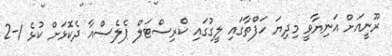
ރޫނީއަށް އަނިޔާވީ މިދިޔަ ހަފްތާގައި ލީގުގައި ކްރިސްޓަލް ޕެލެސްއާ ދެކޮޅަށް ކުޅެ 1-2